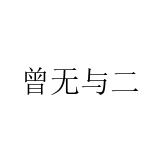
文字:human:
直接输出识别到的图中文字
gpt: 曾无与二